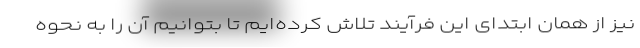
نیز از همان ابتدای این فرآیند تلاش کرده‌ایم تا بتوانیم آن را به نحوه